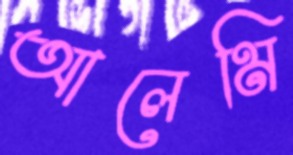
আলেমি